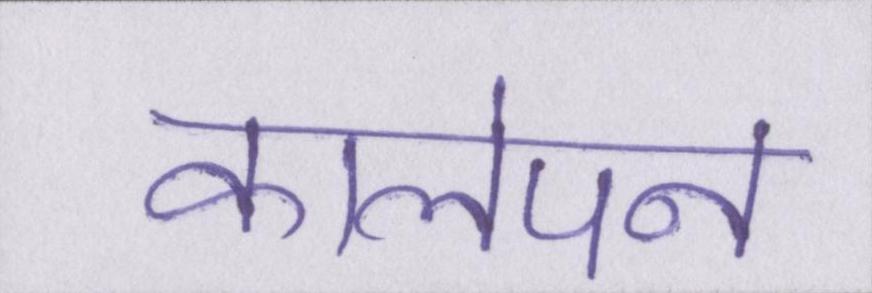
कालेपन